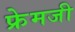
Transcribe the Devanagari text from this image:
फ्रेमजी